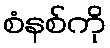
စံနစ်ကို